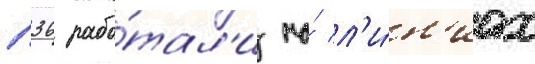
п36 рабо́тал'и на́ л'и́н'иах